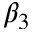
\beta _ { 3 }